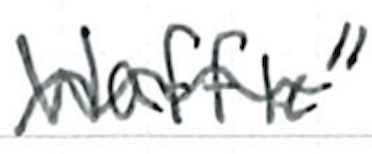
Text: Waffle"
Cross-out: wave
Writing tool: ballpoint